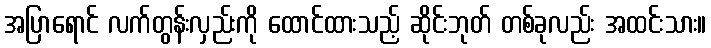
အပြာရောင် လက်တွန်းလှည်းကို ထောင်ထားသည့် ဆိုင်းဘုတ် တစ်ခုလည်း အထင်းသား။